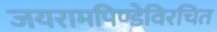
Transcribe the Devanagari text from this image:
जयरामपिण्डेविरचित